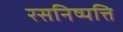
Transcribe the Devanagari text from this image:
रसनिष्पत्ति